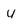
Character: u